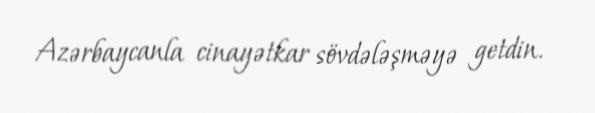
Azərbaycanla cinayətkar sövdələşməyə getdin.